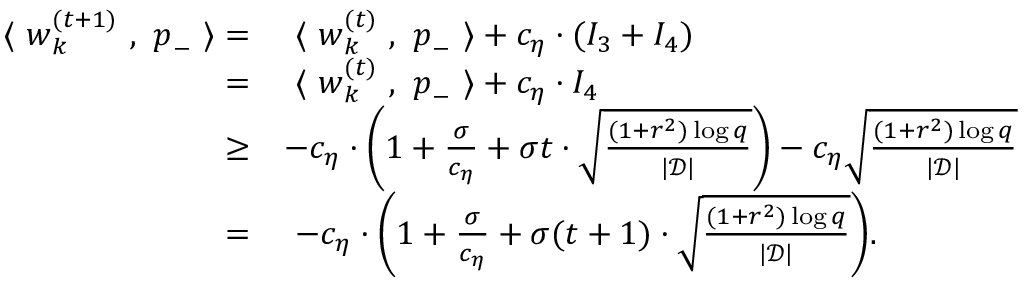
\begin{array} { r l } { ~ \langle ~ { \boldsymbol w } _ { k } ^ { ( t + 1 ) } ~ , ~ { \boldsymbol p } _ { - } ~ \rangle = } & { ~ \langle ~ { \boldsymbol w } _ { k } ^ { ( t ) } ~ , ~ { \boldsymbol p } _ { - } ~ \rangle + c _ { \eta } \cdot ( I _ { 3 } + I _ { 4 } ) } \\ { = } & { ~ \langle ~ { \boldsymbol w } _ { k } ^ { ( t ) } ~ , ~ { \boldsymbol p } _ { - } ~ \rangle + c _ { \eta } \cdot I _ { 4 } } \\ { \ge } & { - c _ { \eta } \cdot \bigg ( 1 + \frac { \sigma } { c _ { \eta } } + \sigma t \cdot \sqrt { \frac { ( 1 + r ^ { 2 } ) \log q } { | \mathcal { D } | } } \bigg ) - c _ { \eta } \sqrt { \frac { ( 1 + r ^ { 2 } ) \log q } { | \mathcal { D } | } } } \\ { = } & { ~ - c _ { \eta } \cdot \bigg ( 1 + \frac { \sigma } { c _ { \eta } } + \sigma ( t + 1 ) \cdot \sqrt { \frac { ( 1 + r ^ { 2 } ) \log q } { | \mathcal { D } | } } \bigg ) . } \end{array}